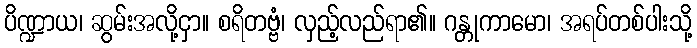
ပိဏ္ဍာယ၊ ဆွမ်းအလို့ငှာ။ စရိတဗ္ဗံ၊ လှည့်လည်ရာ၏။ ဂန္တုကာမော၊ အရပ်တစ်ပါးသို့